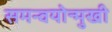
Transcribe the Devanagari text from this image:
समन्वयोन्मुखी